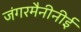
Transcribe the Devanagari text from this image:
जंगरमैनीनीई